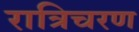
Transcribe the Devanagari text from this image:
रात्रिचरण